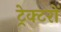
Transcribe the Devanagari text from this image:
ट्रेक्टरों